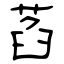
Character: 萏